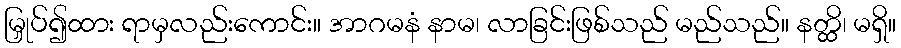
မြှုပ်၍ထား ရာမှလည်းကောင်း။ အာဂမနံ နာမ၊ လာခြင်းဖြစ်သည် မည်သည်။ နတ္ထိ၊ မရှိ။